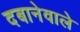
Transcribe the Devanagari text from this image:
दबानेवाले